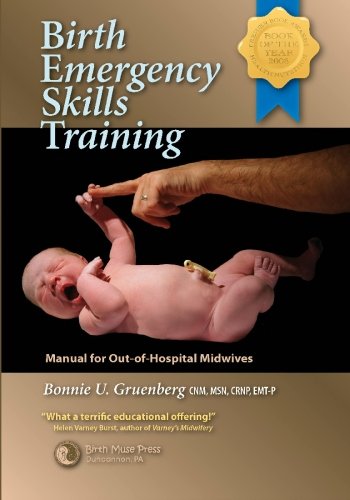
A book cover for Birth Emergency Skills Training: Manual for Out -of- Hospital Midwives; Bonnie U. Gruenberg; Medical Books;